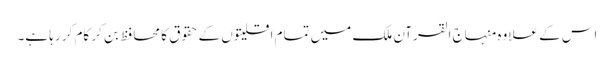
اس کے علاوہ منہاج القرآن ملک میں تمام اقلیتوں کے حقوق کا محافظ بن کر کام کر رہا ہے۔